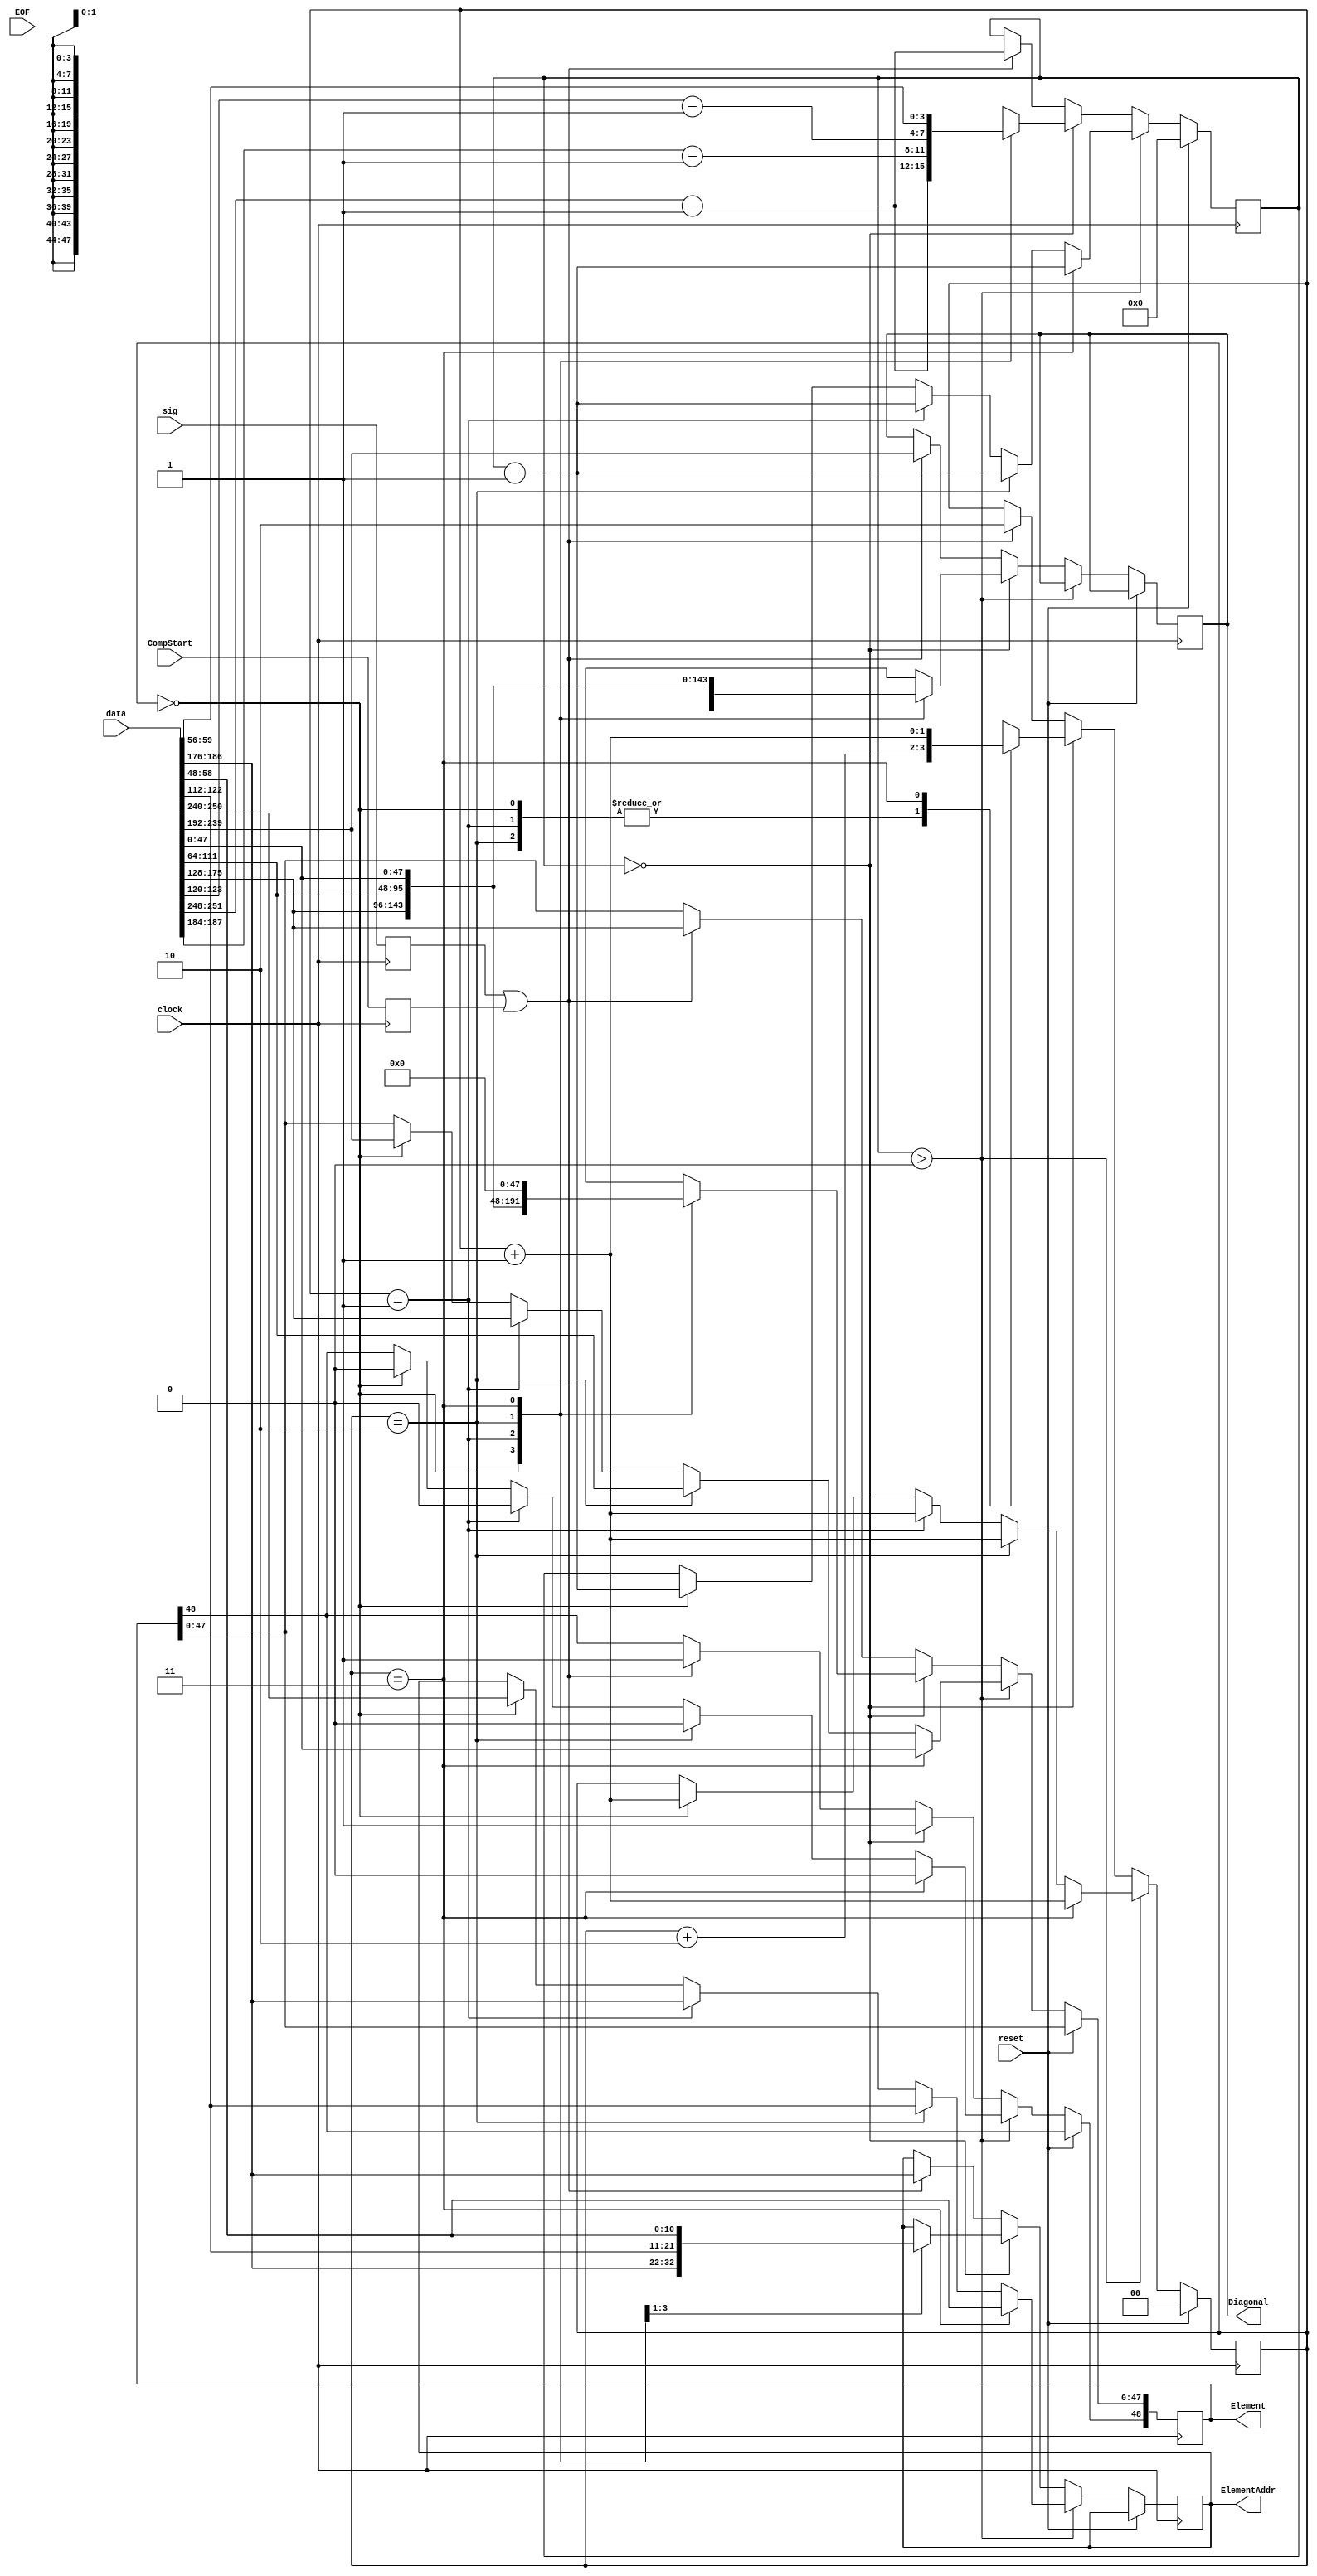
module decoder (clock, reset, data, Diagonal, Element, ElementAddr,EOF,sig, CompStart);
input         clock;
input         reset;
input [255:0] data;
input EOF;
input sig;
input         CompStart;

output [47:0] Diagonal;
output [48:0] Element;
output [10:0] ElementAddr;

reg    [47:0] Diagonal;
reg    [48:0] Element;
reg    [10:0] ElementAddr;

reg    [3:0]  NZE;
reg    [1:0]  Pos;
reg           NewElement;
reg sig_reg;
reg flag;
reg Comp_Flag;
reg buf1;

always@(posedge clock)
begin
    if (reset)
    begin
        NZE <= 4'b0000;
        Pos <= 2'b00;
	//flag <= 1'b0;
    end

    else if (NZE > 4'b0000)
    begin
	//if (NewElement == 1'b0)
	//	Element[48] <= 1'b0;
	//else
	//begin
	//	Element[48] <= 1'b1;
	//	NewElement <= 1'b0;
	
        if (Pos == 2'b00)
        begin
            Element[47:0] <= data[239:192];
	    Element[48] <= 1'b0;
            Pos <= Pos + 1'b1;
            NZE <= NZE - 1'b1;
	    ElementAddr <= data[250:240];
        end
        if (Pos == 2'b01)
        begin
            Element[47:0] <= data[175:128];
	    Element[48] <= 1'b0;	    
            Pos <= Pos + 1'b1;
            NZE <= NZE - 1'b1;
	    ElementAddr <= data[186:176];
        end
        if (Pos == 2'b10)
        begin
            Element[47:0] <= data[111:64];
	    Element[48] <= 1'b0;
            Pos <= Pos + 1'b1;
            NZE <= NZE - 1'b1;
	    ElementAddr <= data[122:112];
        end
        if (Pos == 2'b11)
        begin
            Element[47:0] <= data[47:0];
	    Element[48] <= 1'b0;
            Pos <= Pos + 1'b1;
            NZE <= NZE - 1'b1;
	    ElementAddr <= data[58:48];
        end
    end
    else if (!NZE)
    begin
	Element[48] <= 1'b1;
        case (Pos)
        2'b00: begin
                Diagonal <= data[239:192];
                Element[47:0] <= data[175:128];
		ElementAddr <= data[188:176];
                NZE <= data[252:248] - 4'b0001;
                Pos <= Pos + 2'b10;
		//NewElement <= 1'b0;
               end

        2'b01: begin
                Diagonal <= data[175:128];
                Element[47:0] <= data[111:64];
		ElementAddr <= data[122:112];
                NZE <= data[188:184] - 4'b0001;
                Pos <= Pos + 2'b10;
		//NewElement <= 1'b0;
               end

        2'b10: begin
                Diagonal <= data[111:64];
                Element[47:0] <= data[47:0];
		ElementAddr <= data[58:48];
                NZE <= data[124:120] - 4'b0001;
                Pos <= Pos + 2'b10;
		//NewElement <= 1'b0;
               end
        2'b11: begin
                Diagonal <= data[47:0];
                Element[47:0] <= 48'b0;
                NZE <= data[60:56];
                Pos <= Pos + 2'b01;
		Element[48] <= 1'b1;
		//NewElement <= 1'b1;
               end
        endcase
    end
 
    else if (sig_reg || buf1)
    begin
	Element[48] <= 1'b1;
         Diagonal <= data[239:192];
         Element[47:0] <= data[175:128];
		ElementAddr <= data[188:176];
               NZE <= data[252:248] - 4'b0001;
                Pos <= 2'b10;
		NewElement <= 1'b0;
		flag <= 1'b1;
     end
          
end

always@(posedge clock)
begin
	sig_reg <= sig;
	buf1 <= CompStart;
	Comp_Flag <= buf1; 
	if (sig)
	begin
		//NZE <= 5'dx;
		//Pos <= 2'b00;
		//flag <= 1'b1;
	end
	/*else if(!sig)
	begin
		flag <= 1'b0;
	end*/
end

endmodule